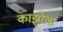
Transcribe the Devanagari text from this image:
काझोर्ला